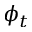
\phi _ { t }